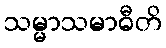
သမ္မာသမာဓီတိ